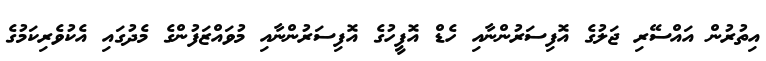
އިތުރުން އައްސޭރި ޖަލުގެ އޮފިސަރުންނާއި ހެޑް އޮފީހުގެ އޮފިސަރުންނާއި މުވައްޒަފުންގެ މެދުގައި އެކުވެރިކަމުގެ